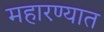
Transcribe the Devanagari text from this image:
महारण्यात